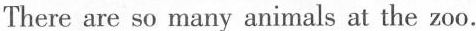
There are so many animals at the zoo.